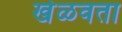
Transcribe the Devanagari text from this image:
खेळवता